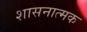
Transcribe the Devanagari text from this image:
शासनात्मक